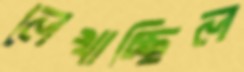
লেখাচ্ছিল